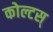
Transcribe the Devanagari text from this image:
कोल्टस्